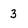
Character: 3